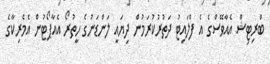
ބްރިޓިޝް އެއާވޭސްގެ އެ ފްލައިޓު ދަތުރުކުރަމުން ދިޔައީ ލަންޑަނުގެ ހީތުރޯ އެއާޕޯޓުން އެމެރިކާގެ